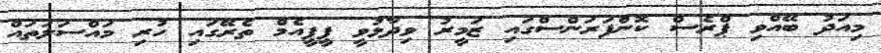
މިއަދު ބޭއްވި ޕްރެސް ކޮންފަރަންސްގައި ޒަމީރު ވިދާޅުވީ ޕީޕީއެމް ތެރޭގައި ހުރި މައްސަލަތައް